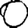
Digit: 0